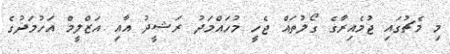
މި މެޗުގައި ޖުމެއިރާގެ ގޯލުތައް ޖެހީ މުހައްމަދު ރަޝީދު އާއި އަޒްލީމް އަހުމަދުގެ